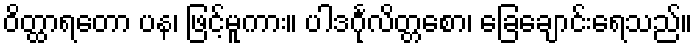
ဝိတ္ထာရတော ပန၊ ဖြင့်မူကား။ ပါဒင်္ဂုလိတ္တစော၊ ခြေချောင်းရေသည်။